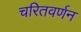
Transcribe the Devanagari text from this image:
चरितवर्णन